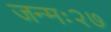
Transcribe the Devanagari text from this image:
जन्मः२७